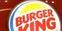
burger